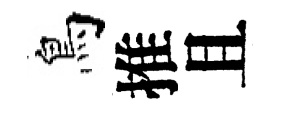
鳥推且